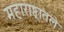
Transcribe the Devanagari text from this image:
महाराष्ठ्रातले